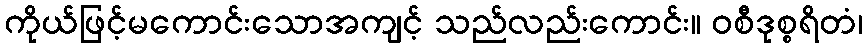
ကိုယ်ဖြင့်မကောင်းသောအကျင့် သည်လည်းကောင်း။ ဝစီဒုစ္စရိတံ၊